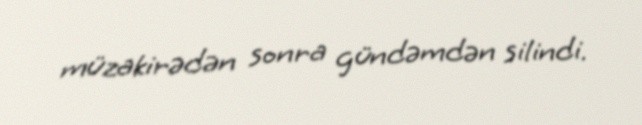
müzakirədən sonra gündəmdən silindi.